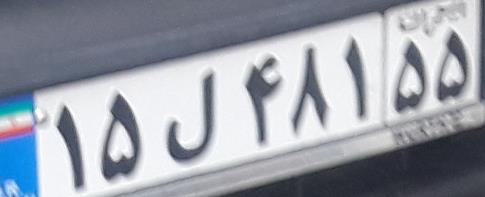
۱۵ل۴۸۱۵۵